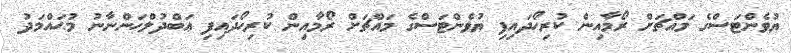
ޔުވެންޓަސްގެ މައްޗަށް ރޯމާއިން ކުރިހޯދައިފި ޔުވެންޓަސްގެ މައްޗަށް ރޯމާއިން ކުރިހޯދައިފި ޢަބްދުލްހަންނާނު މުޙައްމަދު